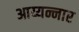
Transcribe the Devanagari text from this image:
आय्यन्नार